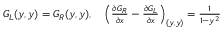
\begin{array} { r } { G _ { L } ( y , y ) = G _ { R } ( y , y ) , \quad \left( \frac { \partial G _ { R } } { \partial x } - \frac { \partial G _ { L } } { \partial x } \right) _ { ( y , y ) } = \frac { 1 } { 1 - y ^ { 2 } } } \end{array}